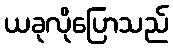
ယခုလိုပြောသည်